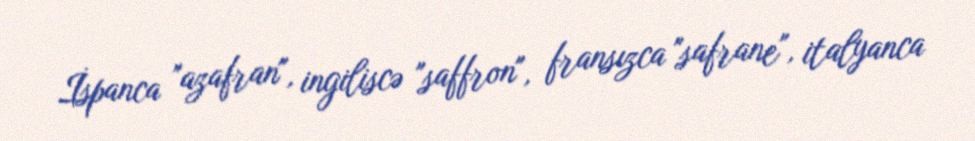
İspanca "azafran", ingiliscə "saffron", fransızca "safrane", italyanca